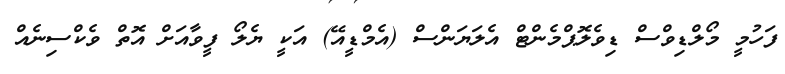
ފަހުމީ މޯލްޑިވްސް ޑިވެލޮޕްމެންޓް އެލަޔަންސް (އެމްޑީއޭ) އަކީ ޔެލޯ ފީވާއަށް އޮތް ވެކްސިނެއް